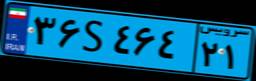
۳۶S۴۶۴۲۱